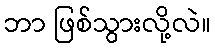
ဘာ ဖြစ်သွားလို့လဲ။